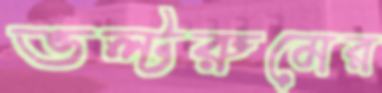
ভল্টরুমের